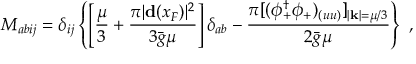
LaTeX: { \cal M } _ { a b i j } = \delta _ { i j } \left\{ \left[ \frac { \mu } { 3 } + \frac { \pi | { \bf d } ( x _ { F } ) | ^ { 2 } } { 3 { \bar { g } } \mu } \right] \delta _ { a b } - \frac { \pi [ ( \phi _ { + } ^ { \dagger } \phi _ { + } ) _ { ( u u ) } ] _ { | { \bf k } | = \mu / 3 } } { 2 { \bar { g } } \mu } \right\} \ ,